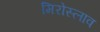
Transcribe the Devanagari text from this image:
मिरोस्लाव